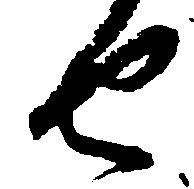
せ